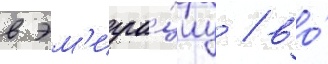
в эм'игра́циу / во́